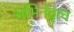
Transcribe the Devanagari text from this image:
अभिनेतृत्व